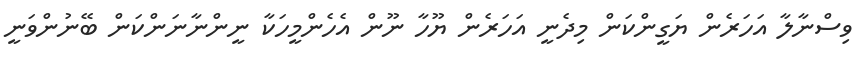
ވިސްނާލާ އަހަރެން ޔަގީންކަން މިދެނީ އަހަރެން ޔޫހާ ނޫން އެހެންމީހަކާ ނީންނާނަންކަން ބޭނުންވަނީ